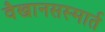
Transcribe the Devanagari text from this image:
वैखानसस्मार्त